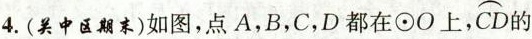
4.(关中区期末)如图，点A，B，C，D都在⊙O上，\stackrel\frown{CD} 的